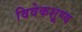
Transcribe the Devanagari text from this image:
विवेकशूण्य